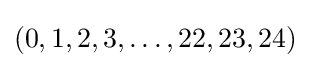
(0,1,2,3,\dots ,22,23,24)